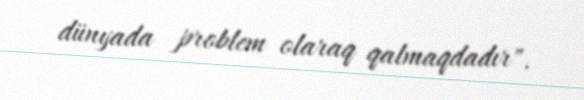
dünyada problem olaraq qalmaqdadır".